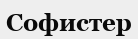
Софистер